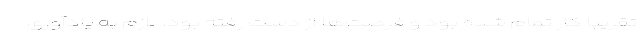
تقریبا کار تمام شده بود و فرصت‌ها از دست رفته بود. لازم به یادآوری